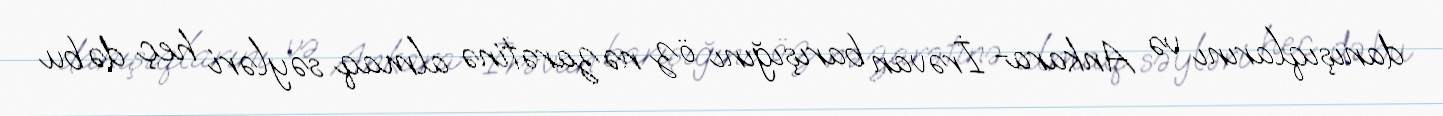
danışıqlarını və Ankara- İrəvan barışığını öz nəzarətinə almaq səyləri heç də bu